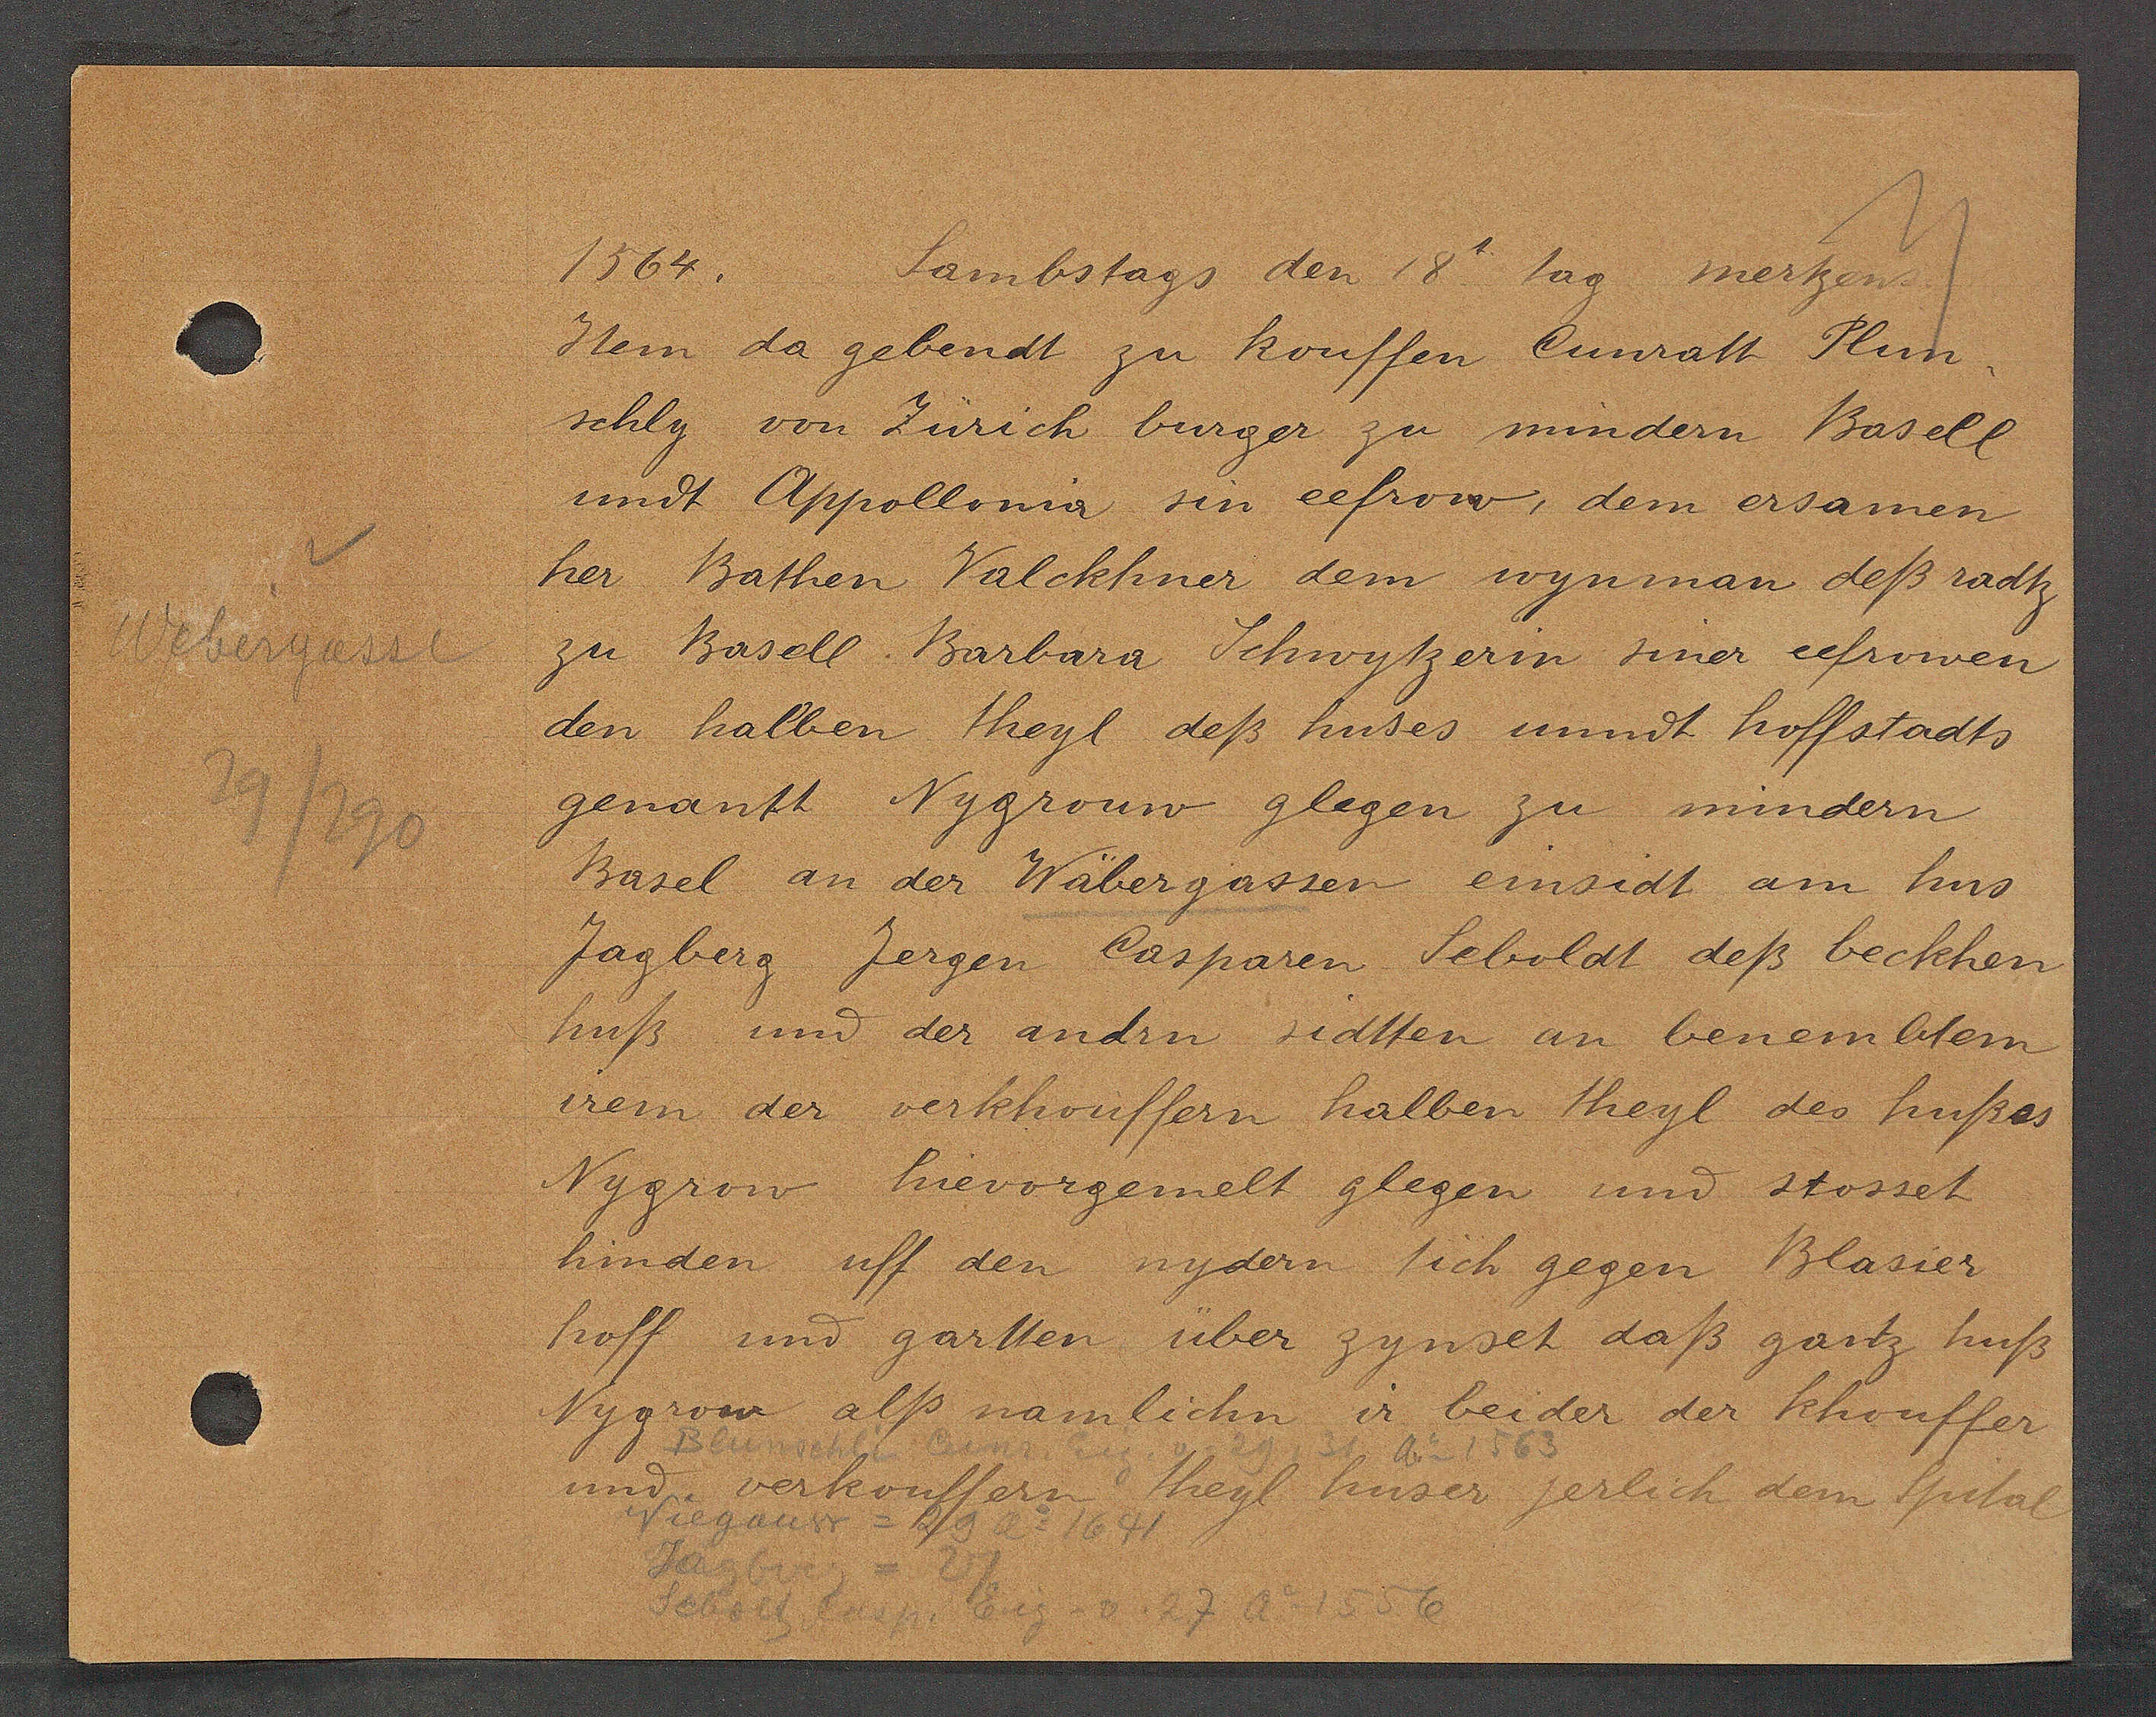
Transcript:
Webergasse
29/290

Sambstags den 18 tag mertzen.
1564.

Item da gebendt zu kouffen Cunratt Plun-
schly von Zürich burger zu mindern Basell
undt Appollonia sin eefrow, dem ersamen
her Bathen Valckhner dem wynman deß radtz
zu Basell Barbara Schwytzerin siner eefrowen
den halben theyl deß huses unndt hoffstadts
genantt Nygrouw glegen zu mindern
Basel an der Wäbergassen einsidt am hus
Jagberg Jergen Casparen Seboldt deß beckhen
huß und der andrn sidtten an benemblem
irem der verkhouffern halben theyl des hußes
Nygrow hievorgemelt glegen und stosset
hinden uff den nydern tich gegen Blasier
hoff und gartten über zynset daß gantz huß
Nygow alß namlichn ir beider der khouffer
und verkouffern theyl huser jerlich dem Spital

Blunschli Cunr. Eig. v. 29, 31 ao 1563
Niegauw = 29 ao 1641
Jagberg = 27
Seboltz Casp. Eig. vo. 27 ao 1556